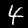
Label: 4